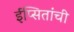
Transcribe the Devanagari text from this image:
ईप्सितांची